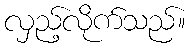
လှည့်လိုက်သည်။